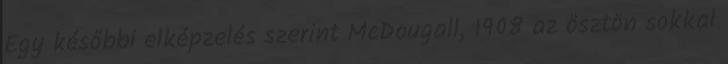
Egy későbbi elképzelés szerint McDougall, 1908 az ösztön sokkal